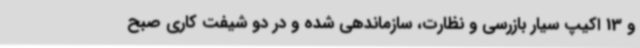
و 13 اکیپ سیار بازرسی و نظارت، سازماندهی شده و در دو شیفت کاری صبح